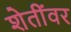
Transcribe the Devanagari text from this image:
शेतींवर